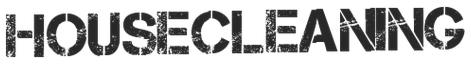
HOUSECLEANING